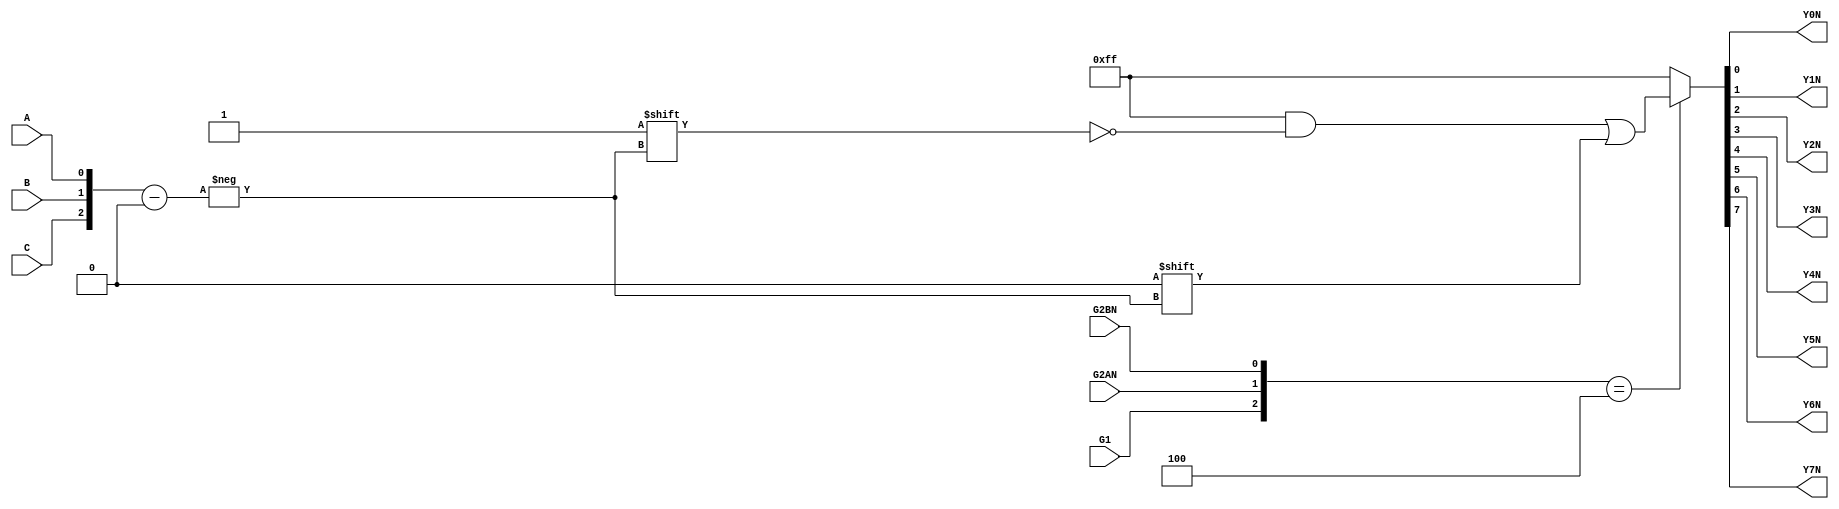
module Decoder (
        input A,
        input B,
        input C,
        input G1,
        input G2AN,
        input G2BN,
        output Y0N,
        output Y1N,
        output Y2N,
        output Y3N,
        output Y4N,
        output Y5N,
        output Y6N,
        output Y7N
        );
        integer i;
        reg [7:0] YN;
        wire[2:0] cba,G;
        assign cba = {C,B,A};
        assign G = {G1,G2AN,G2BN};
        assign Y0N = YN[0];
        assign Y1N = YN[1];
        assign Y2N = YN[2];
        assign Y3N = YN[3];
        assign Y4N = YN[4];
        assign Y5N = YN[5];
        assign Y6N = YN[6];
        assign Y7N = YN[7];
        always @(A or B or C or G1 or G2AN or G2BN)
            begin
                YN = 8'b11111111;
                if(G==3'b100)   YN[cba] = 0;
            end
endmodule